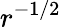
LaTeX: r^{-1/2}